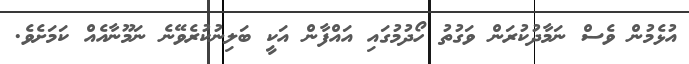
އުޅެމުން ވެސް ނަމާދުކުރަން ވަގުތު ހޯދުމުގައި އައްފާން އަކީ ބަލިނުކުރެވޭނެ ނަމޫނާއެއް ކަމަށެވެ.